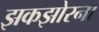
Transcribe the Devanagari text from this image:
झकझोरना